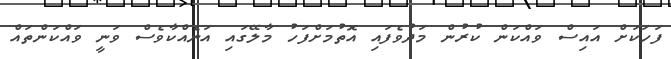
ފަހަކަށް އައިސް ވައްކަން ކުރުން މަދުވެފައި އޮތުމަށްފަހު މާލޭގައި އަނެއްކާވެސް ވަނީ ވައްކަންތައް